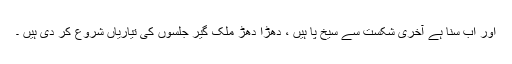
اور اب سنا ہے آخری شکست سے سیخ پا ہیں ، دھڑا دھڑ ملک گیر جلسوں کی تیاریاں شروع کر دی ہیں ۔